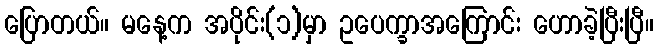
ပြောတယ်။ မနေ့က အပိုင်း(၁)မှာ ဥပေက္ခာအကြောင်း ဟောခဲ့ပြီးပြီ။